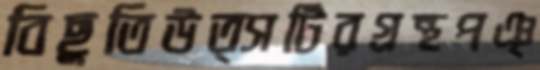
বিছুতিউত্সটিরগ্রন্থপঞ্